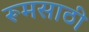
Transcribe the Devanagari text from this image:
रूमसाठी